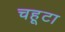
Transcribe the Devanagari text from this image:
चहूटा